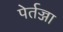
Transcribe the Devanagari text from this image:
पेर्तज्जा